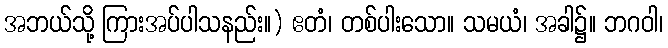
အဘယ်သို့ ကြားအပ်ပါသနည်း။) ဧတံ၊ တစ်ပါးသော။ သမယံ၊ အခါ၌။ ဘဂဝါ၊